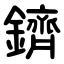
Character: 鑇